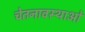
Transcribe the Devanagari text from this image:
चेतनावस्थाओं